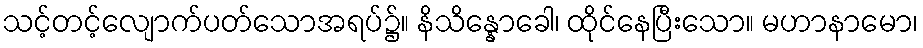
သင့်တင့်လျောက်ပတ်သောအရပ်၌။ နိသိန္နောခေါ၊ ထိုင်နေပြီးသော။ မဟာနာမော၊